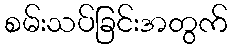
စမ်းသပ်ခြင်းအတွက်